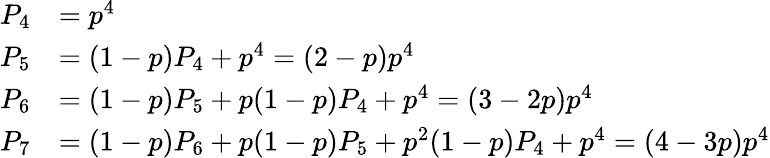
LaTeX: \begin{array}{rl}{P_{4}}&{=p^{4}}\\ {P_{5}}&{=(1-p)P_{4}+p^{4}=(2-p)p^{4}}\\ {P_{6}}&{=(1-p)P_{5}+p(1-p)P_{4}+p^{4}=(3-2p)p^{4}}\\ {P_{7}}&{=(1-p)P_{6}+p(1-p)P_{5}+p^{2}(1-p)P_{4}+p^{4}=(4-3p)p^{4}}\end{array}